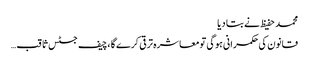
محمد حفیظ نے بتا دیا
قانون کی حکمرانی ہوگی تومعاشرہ ترقی کرے گا ،چیف جسٹس ثاقب…